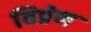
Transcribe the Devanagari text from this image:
विप्रेण